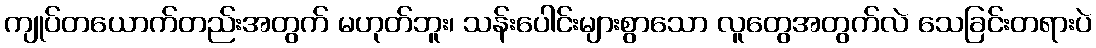
ကျုပ်တယောက်တည်းအတွက် မဟုတ်ဘူး၊ သန်းပေါင်းများစွာသော လူတွေအတွက်လဲ သေခြင်းတရားပဲ